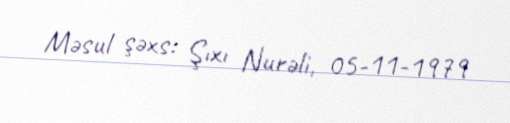
Məsul şəxs: Şıxı Nurəli, 05-11-1979